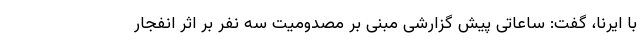
با ایرنا، گفت: ساعاتی پیش گزارشی مبنی بر مصدومیت سه نفر بر اثر انفجار